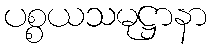
ပစ္စယသမုဋ္ဌာနာ